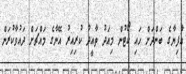
އާފިޔާގެ ބަންދަށް ހައި ކޯޓުން މިއަދު ތާއީދު ކުރިއިރު އޭނާގެ މައްޗަށް ދައުވާކުރަން